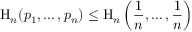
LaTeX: \mathrm { H } _ { n } ( p _ { 1 } , \ldots , p _ { n } ) \leq \mathrm { H } _ { n } \left( { \frac { 1 } { n } } , \ldots , { \frac { 1 } { n } } \right)